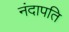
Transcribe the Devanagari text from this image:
नंदापति